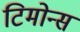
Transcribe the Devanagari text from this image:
टिमोन्स